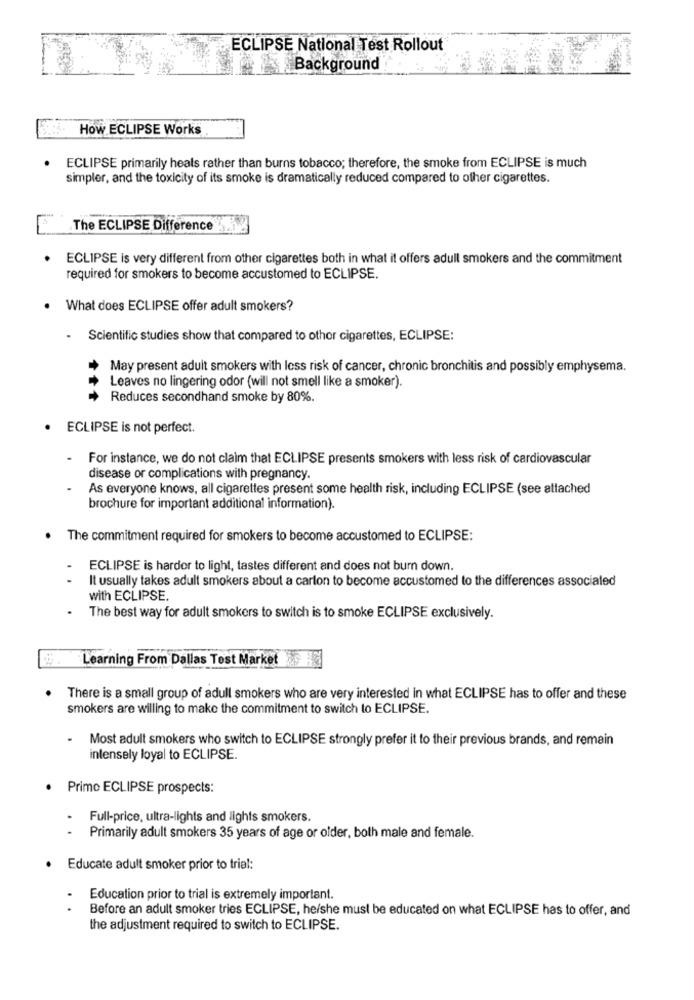
ECLIPSE National Test Rollout
Background
How ECLIPSE Works
ECLIPSE primarily heals rather than burns tobacco; therefore, the smoke from ECLIPSE is much
simpler, and the toxicity of its smoke is dramatically reduced compared to other cigarettes.
The ECLIPSE Difference
ECLIPSE is very different from other cigarettes both in what it offers adull smokers and the commitment
required for smokers to become accustomed to ECLIPSE.
What does ECLIPSE offer adult smokers?
.
Scientific studies show that compared to othor cigarettes, ECLIPSE:
May present adult smokers with less risk of cancer, chronic bronchitis and possibly emphysema.
Leaves no lingering odor (will not smell like a smoker).
Reduces secondhand smoke by 80%.
ECLIPSE is not perfect.
For instance, we do not claim that ECLIPSE presents smokers with less risk of cardiovascular
disease or complications with pregnancy.
As everyone knows, all cigarettes present some health risk, including ECLIPSE (see attached
brochure for important additional information).
The commitment required for smokers to become accustomed to ECLIPSE:
ECLIPSE is harder to light, tastes different and does not burn down.
..
It usually takes adult smokers about a carlon to become accustomed to the differences associated
with ECLIPSE.
The best way for adult smokers to switch is to smoke ECLIPSE exclusively.
. Learning From Dallas Test Market
There is a small group of adull smokers who are very interested in what ECLIPSE has to offer and these
smokers are willing to make the commitment to switch to ECLIPSE.
.
Most adult smokers who switch to ECLIPSE strongly prefer it to their previous brands, and remain
intensely loyal to ECLIPSE.
. Primo ECLIPSE prospects:
Full-price, ultra-lights and lights smokers.
..
Primarily adult smokers 35 years of age or older, both male and female.
Educate adult smoker prior to trial:
Education prior to trial is extremely important.
Before an adult smoker tries ECLIPSE, he/she must be educated on what ECLIPSE has to offer, and
the adjustment required to switch to ECLIPSE.